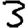
Digit: 3